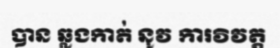
បាន ឆ្លងកាត់ នូវ ការវិវត្ត